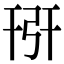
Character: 𢏘